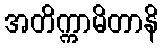
အတိက္ကာမိတာနိ